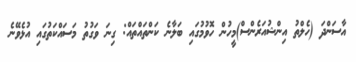
އާސަންދަ (ހެލްތު އިންޝުއަރެންސް)މީހުން ހޮވުމުގައި ބަލާނެ ކަންތައްތައް: ގިނަ ވަގުތު މަސައްކަތުގައި އުޅެވޭނެ